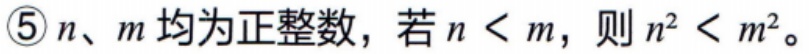
\textcircled{5}\(n、m\)均为正整数，若\(n < m\)，则\(n^{2} < m^{2}\)。